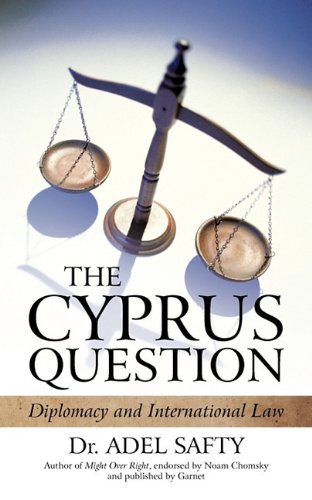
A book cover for The Cyprus Question: Diplomacy and International Law; Adel Safty; Law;